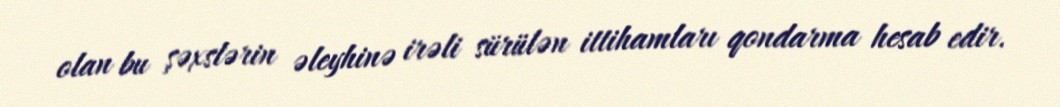
olan bu şəxslərin əleyhinə irəli sürülən ittihamları qondarma hesab edir.